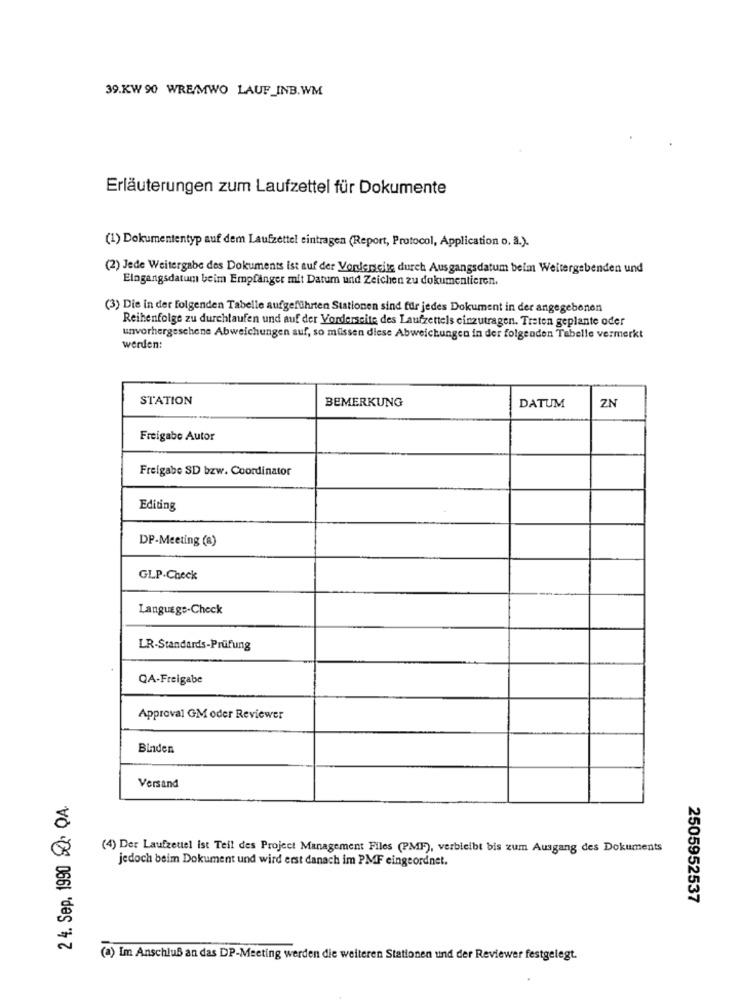
39.KW 90 WRE/MWO LAUF_INB.WM
Erläuterungen zum Laufzettel für Dokumente
(1) Dokumententyp auf dem Laufzettel eintragen (Report, Protocol, Application o. a.).
(2) Jede Weitergabe des Dokuments ist auf der Vorderseite durch Ausgangsdatum beim Weitergebenden und
Eingangsdatum beim Empfänger mit Datum und Zeichen zu dokumentieren.
(3) Die in der Folgenden Tabelle aufgeführten Stationen sind für jedes Dokument in der angegebenen
Reihenfolge zu durchlaufen und auf der Vorderseite des Laufzettels einzutragen. Treten geplante oder
unvorhergesehene Abweichungen auf, so müssen diese Abweichungen in der folgenden Tabelle vermerkt
werden:
STATION
BEMERKUNG
DATUM
ZN
Freigabe Autor
Freigabe SD bzw. Coordinator
Editing
DF-Meeting (a)
GLP-Check
Language-Check
LR-Standards-Prüfung
QA-Freigabe
Approval GM oder Reviewer
Binden
Versand
2 4. Sep. 1990 2. QA.
(4) Der Laufzettel ist Teil des Project Management Files (PMF), verbleibt bis zum Ausgang des Dokuments
jedoch beim Dokument und wird erst danach im PMF eingeordnet.
2505952537
(a) Im Anschluß an das DP-Meeting werden die weiteren Stationen und der Reviewer festgelegt.